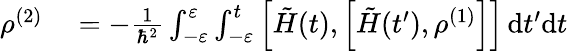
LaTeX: \begin{array}{rl}{\rho^{(2)}}&{{}=-\frac{1}{\hbar^{2}}\int_{-\varepsilon}^{\varepsilon}\int_{-\varepsilon}^{t}\left[\tilde{H}(t),\left[\tilde{H}(t^{\prime}),\rho^{(1)}\right]\right]\, \mathrm{d}t^{\prime}\mathrm{d}t}\end{array}